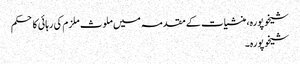
شیخوپورہ، منشیات کے مقدمہ میں ملوث ملزم کی رہائی کا حکم
شیخوپورہ۔